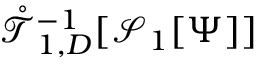
\mathring { \mathcal { T } } _ { 1 , D } ^ { - 1 } [ \mathcal { S } _ { 1 } [ \Psi ] ]